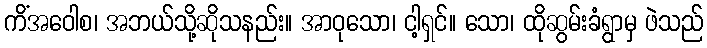
ကိံအဝေါစ၊ အဘယ်သို့ဆိုသနည်း။ အာဝုသော၊ ငါ့ရှင်။ သော၊ ထိုဆွမ်းခံရွာမှ ဖဲသည်